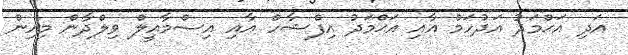
އަދި އަޙްމަދު އަދުހަމް އާއި އަޙްމަދު އިފްޝާހް އާއި އިސްމާއީލް ވިލްދާން މިއިން